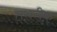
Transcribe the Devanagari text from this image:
तस़रीफ़